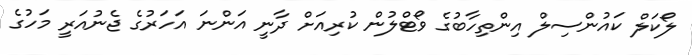
ލޯކަލް ކައުންސިލް އިންތިހާބުގެ ވޯޓްލުން ކުރިއަށް ދާނީ އަންނަ އަހަރުގެ ޖެނުއަރީ މަހުގެ